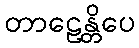
တာဠေန္တိပေ